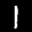
Label: 1